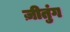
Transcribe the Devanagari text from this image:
ज़ीतुंग